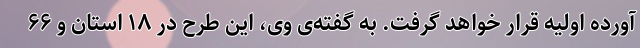
آورده اولیه قرار خواهد گرفت. به گفته‌ی وی، این طرح در ۱۸ استان و ۶۶